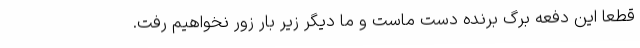
قطعا این دفعه برگ برنده دست ماست و ما دیگر زیر بار زور نخواهیم رفت.